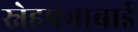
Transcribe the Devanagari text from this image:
स्नेहप्रभाबाई